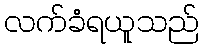
လက်ခံရယူသည်